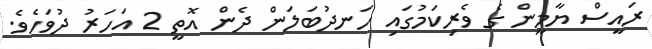
ރައީސް ޔާމީން ގެ ވެރިކަމުގައި ހަނދުބަލަން ދެން އޮތީ 2 އަހަރު ދުވަހެވެ.